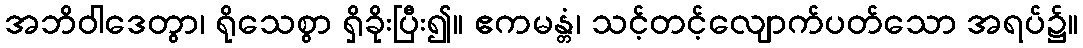
အဘိဝါဒေတွာ၊ ရိုသေစွာ ရှိခိုးပြီး၍။ ဧကမန္တံ၊ သင့်တင့်လျောက်ပတ်သော အရပ်၌။